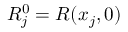
{ \cal R } _ { j } ^ { 0 } = { \cal R } ( x _ { j } , 0 )